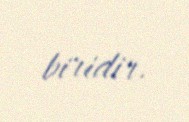
biridir.